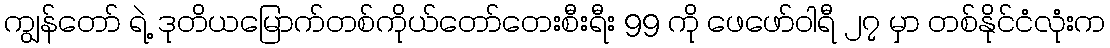
ကျွန်တော် ရဲ့ ဒုတိယမြောက်တစ်ကိုယ်တော်တေးစီးရီး 99 ကို ဖေဖော်ဝါရီ ၂၇ မှာ တစ်နိုင်ငံလုံးက